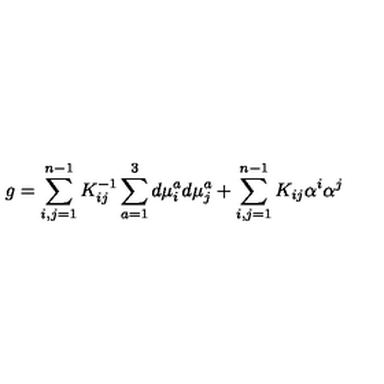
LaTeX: g = \sum _ { i , j = 1 } ^ { n - 1 } K _ { i j } ^ { - 1 } \sum _ { a = 1 } ^ { 3 } d \mu _ { i } ^ { a } d \mu _ { j } ^ { a } + \sum _ { i , j = 1 } ^ { n - 1 } K _ { i j } \alpha ^ { i } \alpha ^ { j }